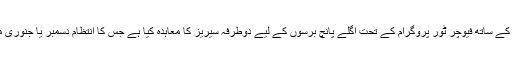
نجم سیٹھی نے وضاحت کرتے ہوئے کہا کہ ‘ہم نے ویسٹ انڈیز کے ساتھ فیوچر ٹور پروگرام کے تحت اگلے پانچ برسوں کے لیے دوطرفہ سیریز کا معاہدہ کیا ہے جس کا انتظام دسمبر یا جنوری میں انٹرنیشنل کرکٹ کونسل (آئی سی سی) سے کروایا جائے گا’۔